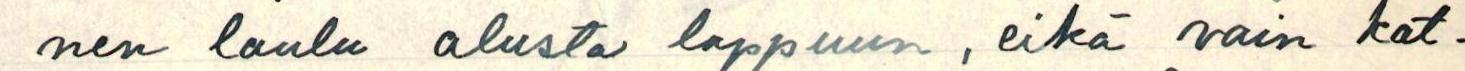
nen laulu alusta loppuun, eikä vain kat-